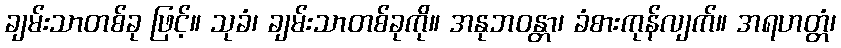
ချမ်းသာတစ်ခု ဖြင့်။ သုခံ၊ ချမ်းသာတစ်ခုကို။ အနုဘဝန္တာ၊ ခံစားကုန်လျက်။ အရဟတ္တံ၊